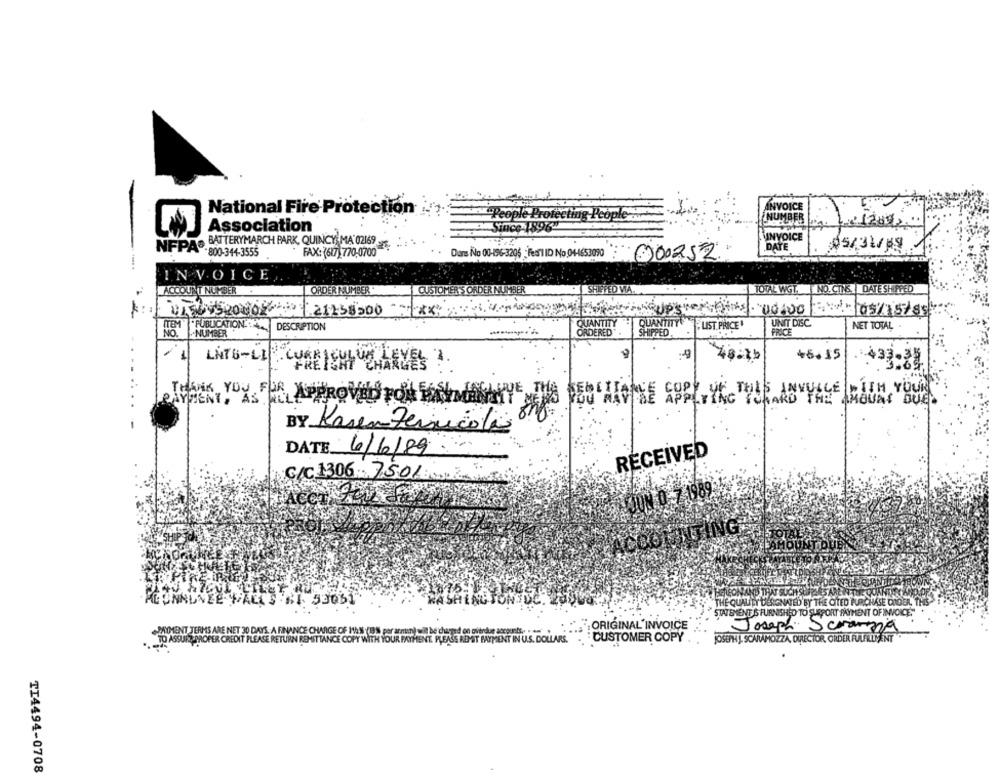
National Fire Protection
ANVOICE
""People Protecting People".
Association
Since 1896"
INVOICE
NFPAS BATTERYMARCH PARK, QUINCY MA 02169
DATE
05/31/89
800-344-3555
FAX: (617)770-0700
Dans No 00-196-3206 : Fear1 ID No 04-4653090
00025Z.
INVOICE
TOTAL WGT. T NO. CINS. DATE SHIPPED
ACCOUNT NO
ORDER NUMBER
CUSTOME
DER MUMBE
TVED WA
***
00100
05/15/55
QUANTITY
ITEM
"PUBLICATION4.
DESCRIPTION
QUANTITY
LIST PRICE
UNIT DISC
NET TOTAL
NO.
.. NUMBER
ORDERED
SHIPPED
PRICE
LNT6-LI
46.15
433-
CURRENT CHARYES
THANK YOU FOR
ITH YOUR
SEDEALVINE APPLYING ICHARD THE AMOUNT DUE.
WHENT, AS FILAPPROVALS TOA WAY THATYE STE
BY Kasen Fernicola 8
DATE 6/6/89
RECEIVED
C/C 1306 7501
CONANS THAT SUCH SHIRT
CI 53061
THE QUALITY DESIGNATED BY THE CITED PURCHASE ORDER, THIS
STATEMENT 6 FURNISHED TO SUPORT PAYMENT OF INVOICE."
PAYMENT TERMS ARE NET 30 DAYS A FINANCE CHARGE OF MAN (19'% per armun) will be charged on overdue accounts .. . .. .
ORIGINAL'INVOICE
Joseph
Scramza
TO ASSUR, PROPER CREDIT PLEASE RETURN REMITTANCE COPY WITH YOUR FAYHENT. PLEASE REMIT PAYMENT IN U.S. DOLLARS. .
CUSTOMER COPY
JOSEPH J. SCARAMOZZA, DIRECTOR, ORDER FULFILLMENT
TI4494-0708